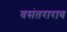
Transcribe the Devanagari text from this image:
वसंतराराव